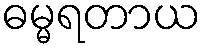
ဓမ္မရတာယ